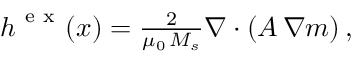
\begin{array} { r } { \boldsymbol { h } ^ { \mathrm { ~ e ~ x ~ } } ( \boldsymbol { x } ) = \frac { 2 } { \mu _ { 0 } \, M _ { s } } \nabla \cdot \left( A \, \nabla \boldsymbol { m } \right) , } \end{array}